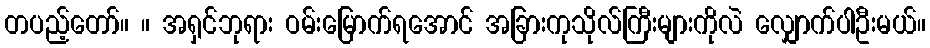
တပည့်တော်။ ။ အရှင်ဘုရား ဝမ်းမြောက်ရအောင် အခြားကုသိုလ်ကြီးများကိုလဲ လျှောက်ပါဦးမယ်။